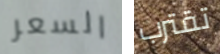
السعر تقترب